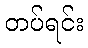
တပ်ရင်း